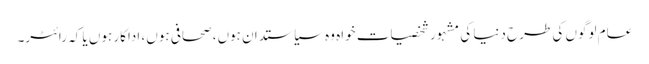
عام لوگوں کی طرح دنیا کی مشہور شخصیات خواہ وہ سیاستدان ہوں، صحافی ہوں، اداکار ہوں یا کہ رائٹر۔